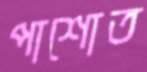
পাশোত